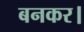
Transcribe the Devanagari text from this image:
बनकर।